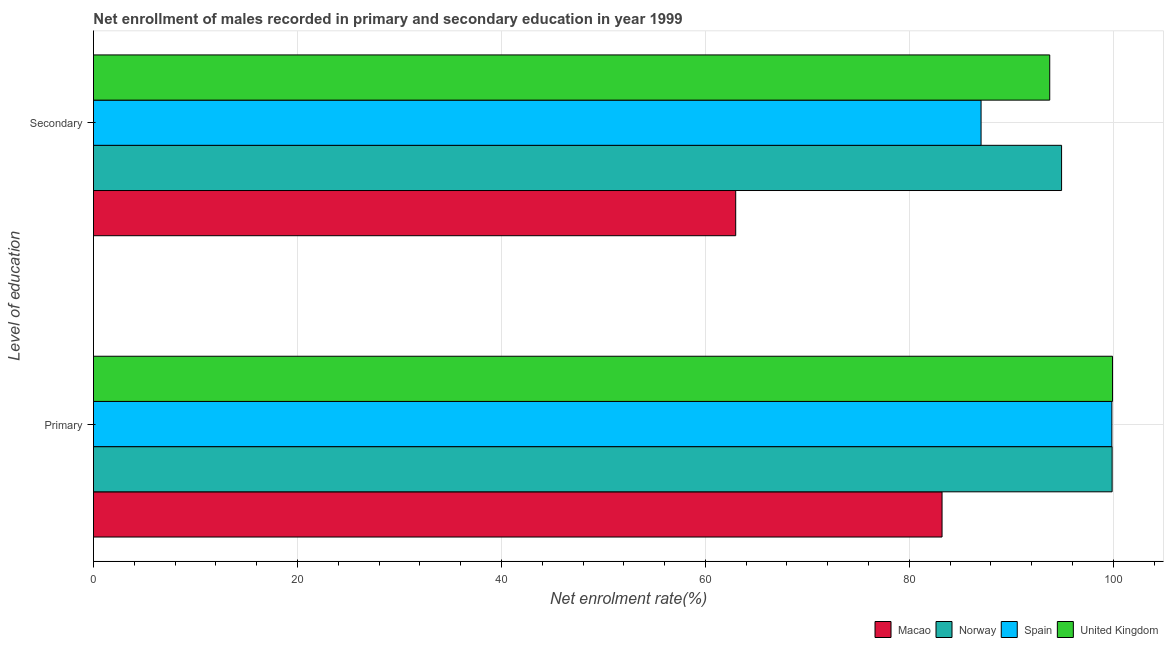
| Level of education | Macao | Norway | Spain | United Kingdom |
 | --- | --- | --- | --- | --- |
 | Primary | 83.2 | 99.9 | 99.9 | 99.9 |
 | Secondary | 63 | 94.9 | 87 | 93.8 |